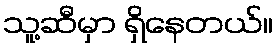
သူ့ဆီမှာ ရှိနေတယ်။